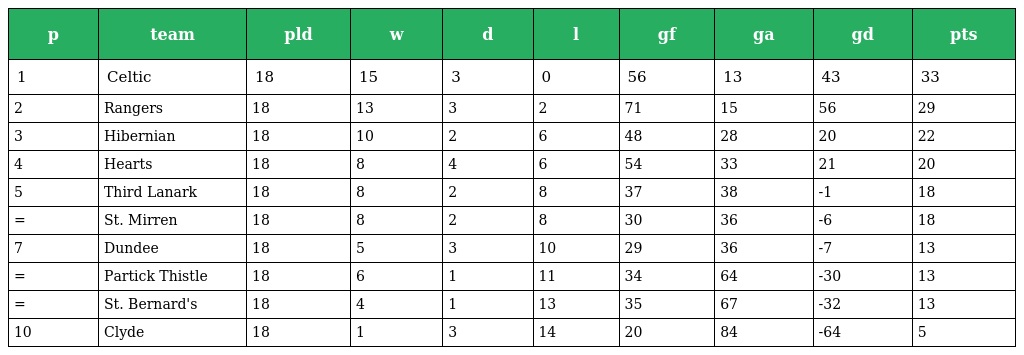
| p | team | pld | w | d | l | gf | ga | gd | pts |
 | --- | --- | --- | --- | --- | --- | --- | --- | --- | --- |
 | 1 | Celtic | 18 | 15 | 3 | 0 | 56 | 13 | 43 | 33 |
 | 2 | Rangers | 18 | 13 | 3 | 2 | 71 | 15 | 56 | 29 |
 | 3 | Hibernian | 18 | 10 | 2 | 6 | 48 | 28 | 20 | 22 |
 | 4 | Hearts | 18 | 8 | 4 | 6 | 54 | 33 | 21 | 20 |
 | 5 | Third Lanark | 18 | 8 | 2 | 8 | 37 | 38 | -1 | 18 |
 | = | St. Mirren | 18 | 8 | 2 | 8 | 30 | 36 | -6 | 18 |
 | 7 | Dundee | 18 | 5 | 3 | 10 | 29 | 36 | -7 | 13 |
 | = | Partick Thistle | 18 | 6 | 1 | 11 | 34 | 64 | -30 | 13 |
 | = | St. Bernard's | 18 | 4 | 1 | 13 | 35 | 67 | -32 | 13 |
 | 10 | Clyde | 18 | 1 | 3 | 14 | 20 | 84 | -64 | 5 |